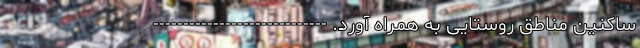
ساکنین مناطق روستایی به همراه آورد. -----------------------------